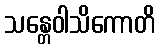
သန္တေဝါသိကောတိ